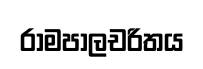
රාමපාලචරිතය